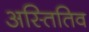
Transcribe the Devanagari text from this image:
अस्तितिव